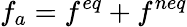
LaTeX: f_{a}=f^{eq}+f^{neq}